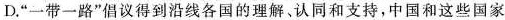
D.“一带一路”倡议得到沿线各国的理解，认同和支持，中国和这些国家